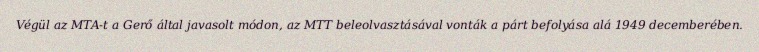
Végül az MTA-t a Gerő által javasolt módon, az MTT beleolvasztásával vonták a párt befolyása alá 1949 decemberében.